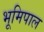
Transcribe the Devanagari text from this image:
भूमिपाल